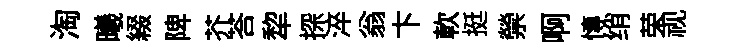
淘曦綴陴芥荅犂探淬翁卞軟挺禜啊慱绡荣视